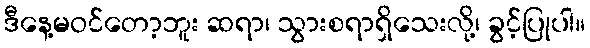
ဒီနေ့မဝင်တော့ဘူး ဆရာ၊ သွားစရာရှိသေးလို့၊ ခွင့်ပြုပါ။